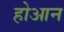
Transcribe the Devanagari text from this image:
होआन